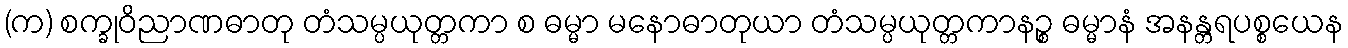
(က) စက္ခုဝိညာဏဓာတု တံသမ္ပယုတ္တကာ စ ဓမ္မာ မနောဓာတုယာ တံသမ္ပယုတ္တကာနဉ္စ ဓမ္မာနံ အနန္တရပစ္စယေန